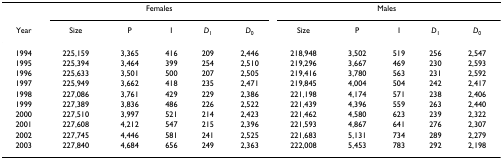
|  | <COLSPAN=5> Females | <COLSPAN=5> Males |
 | Year | Size | P | I | D1 | D0 | Size | P | I | D1 | D0 |
 | --- | --- | --- | --- | --- | --- | --- | --- | --- | --- | --- |
 | 1994 | 225,159 | 3,365 | 416 | 209 | 2,446 | 218,948 | 3,502 | 519 | 256 | 2,547 |
 | 1995 | 225,394 | 3,464 | 399 | 254 | 2,510 | 219,296 | 3,667 | 469 | 230 | 2,593 |
 | 1996 | 225,633 | 3,501 | 500 | 207 | 2,505 | 219,416 | 3,780 | 563 | 231 | 2,592 |
 | 1997 | 225,949 | 3,662 | 418 | 235 | 2,471 | 219,845 | 4,004 | 504 | 242 | 2,417 |
 | 1998 | 227,086 | 3,761 | 429 | 229 | 2,386 | 221,198 | 4,174 | 571 | 238 | 2,406 |
 | 1999 | 227,389 | 3,836 | 486 | 226 | 2,522 | 221,439 | 4,396 | 559 | 263 | 2,440 |
 | 2000 | 227,510 | 3,997 | 521 | 214 | 2,423 | 221,462 | 4,580 | 623 | 239 | 2,322 |
 | 2001 | 227,608 | 4,212 | 547 | 215 | 2,396 | 221,593 | 4,867 | 641 | 276 | 2,307 |
 | 2002 | 227,745 | 4,446 | 581 | 241 | 2,525 | 221,683 | 5,131 | 734 | 289 | 2,279 |
 | 2003 | 227,840 | 4,684 | 656 | 249 | 2,363 | 222,008 | 5,453 | 783 | 292 | 2,198 |